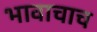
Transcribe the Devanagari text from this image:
भावाचाच